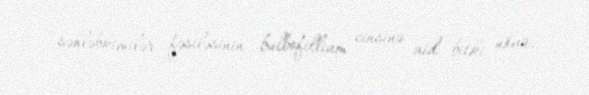
səhləbkimilər fəsiləsinin bulbofillium cinsinə aid bitki növü.